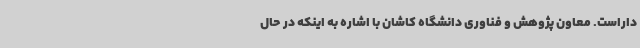
داراست. معاون پژوهش و فناوری دانشگاه کاشان با اشاره به اینکه در حال